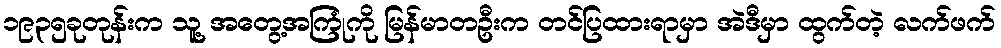
၁၉၃၅ခုတုန်းက သူ့ အတွေ့အကြုံကို မြန်မာတဦးက တင်ပြထားရာမှာ အဲဒီမှာ ထွက်တဲ့ လက်ဖက်